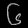
Digit: ၆